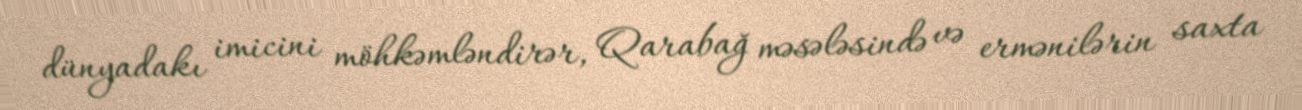
dünyadakı imicini möhkəmləndirər, Qarabağ məsələsində və ermənilərin saxta